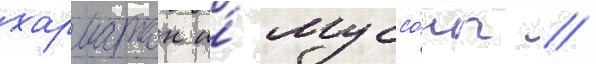
харматан и́ муссо́ны //